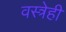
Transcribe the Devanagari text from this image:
वस्त्रेही